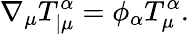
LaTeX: \nabla_{\mu}T_{|\mu}^{\alpha}=\phi_{\alpha}T_{\mu}^{\alpha}.